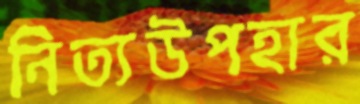
নিত্যউপহার